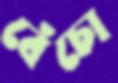
বেঁচো